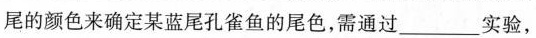
尾的颜色来确定某蓝尾孔雀鱼的尾色，需通过___实验，